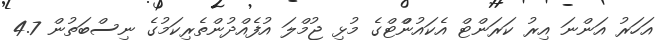
އަހަރު އަންނަ އިރު ކަރަންޓް އެކައުންްޓްގެ މުޅި ޖުމްލަ އުފެއްދުންތެރިކަމުގެ ނިސްބަތުން 4.7